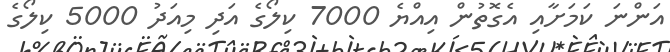
އަންނަ ކަމަށާއި އެގޮތުން އިއްޔެ 7000 ކިލޯގެ އަދި މިއަދު 5000 ކިލޯގެ